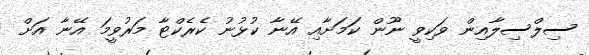
ސިލްސިލާއިން ވަކިވީ ނޫން ކަމަށާއި އޭނާ ކުޅުނު ކެރެކްޓާ މަރުވީމަ އޭނާ އަށް